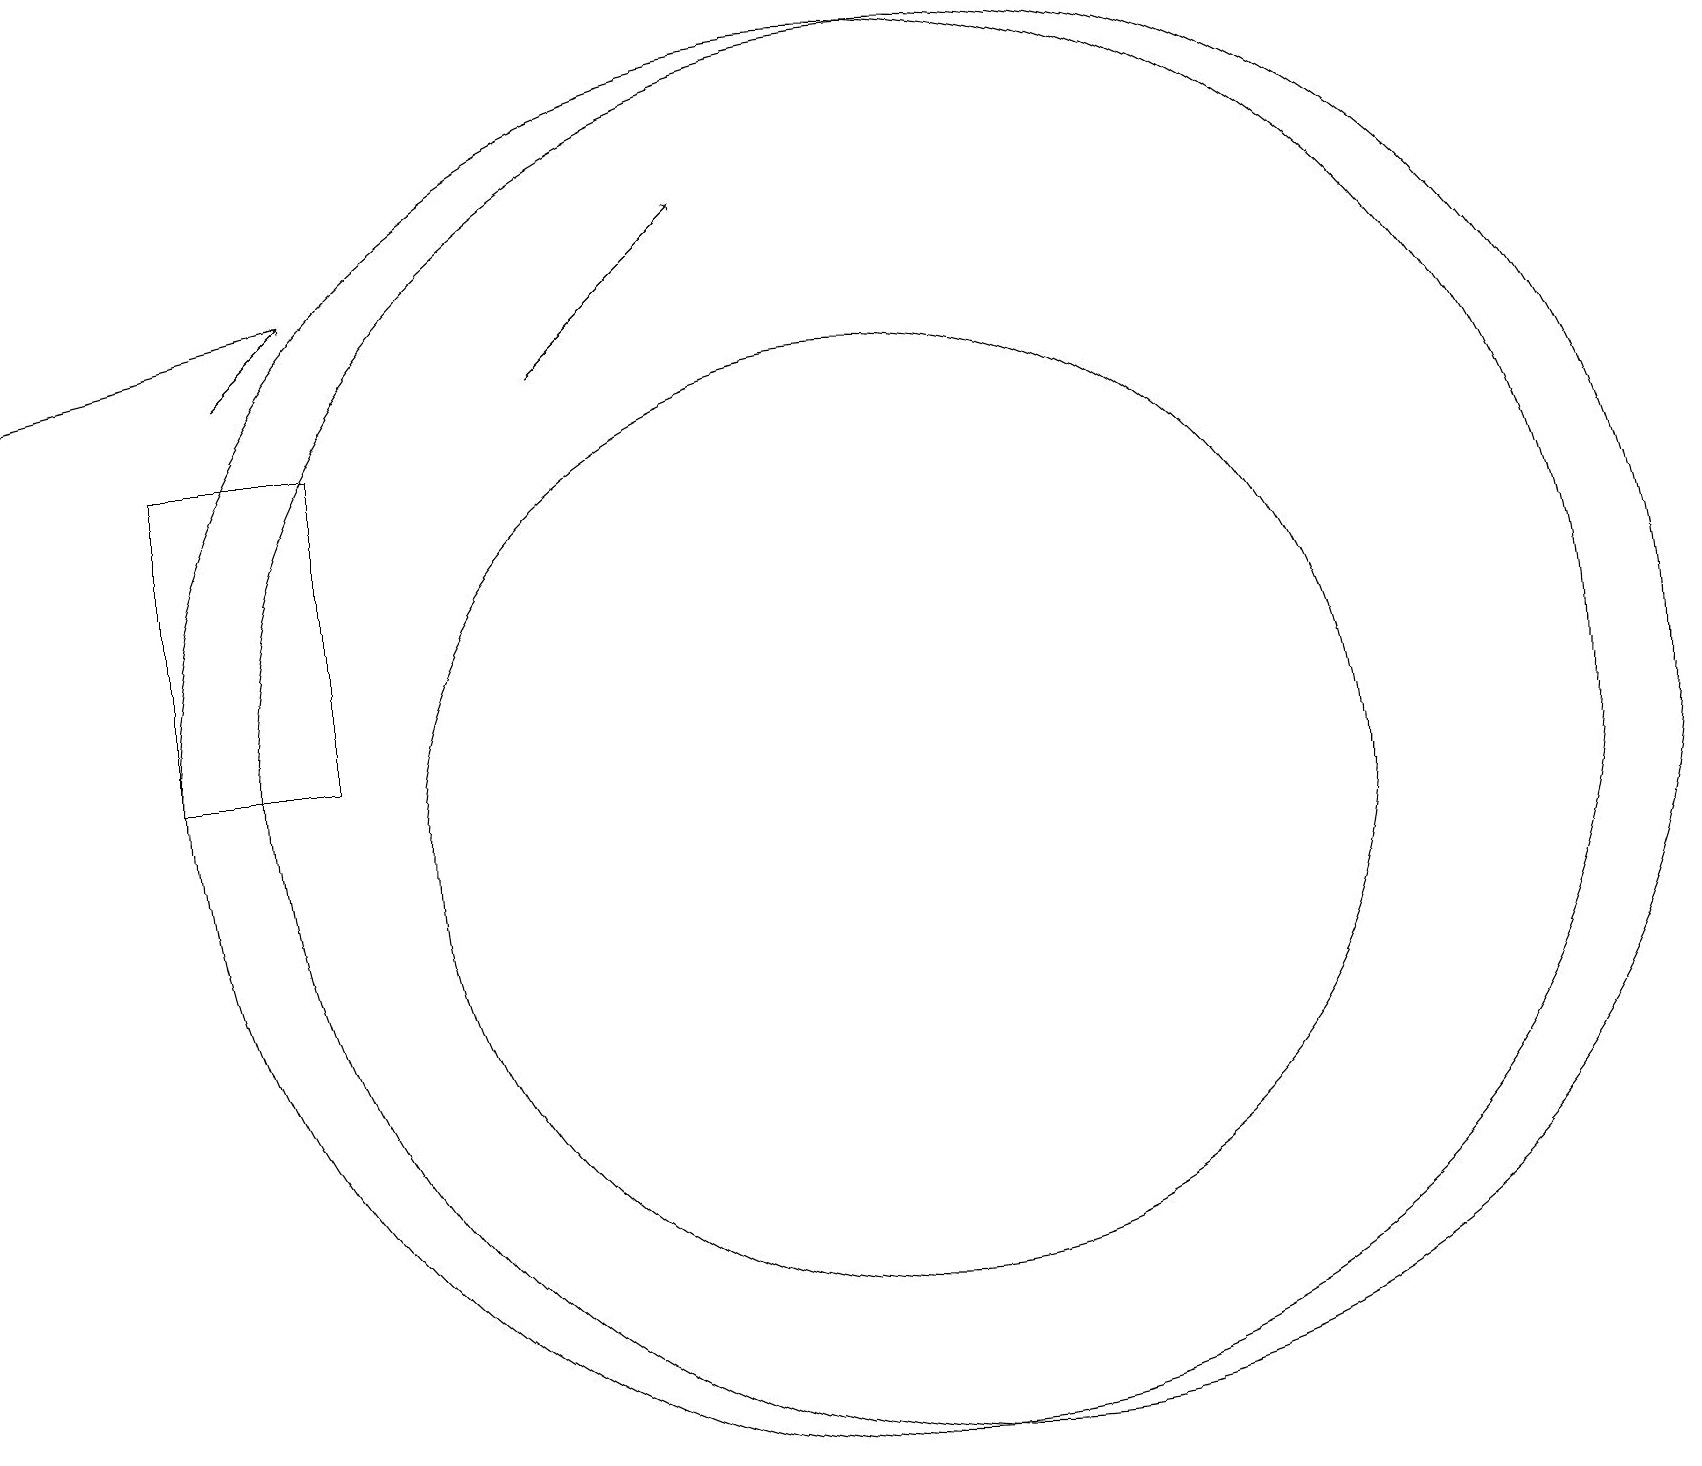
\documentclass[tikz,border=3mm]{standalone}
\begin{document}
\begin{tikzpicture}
\draw[->] (7,16) -- (9,18);
\draw (2,11) rectangle (4,15);
\draw[->] (4,17) -- (0,16);
\draw (11,11) circle (9);
\draw[->] (3,16) -- (4,17);
\draw (12,11) circle (9);
\draw (11,10) circle (6);
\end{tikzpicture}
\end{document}